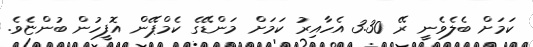
ކަމަށް ބެލެވެނީ ރޭ 3.30 އެހާއިރު ކަމަށް މަންޑޭގެ ކެމްޕޭން އޮފީހުން ބުންޏެވެ.